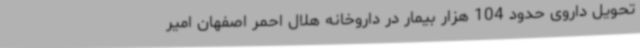
تحویل داروی حدود 104 هزار بیمار در داروخانه هلال احمر اصفهان امیر